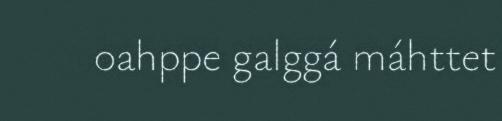
oahppe galggá máhttet